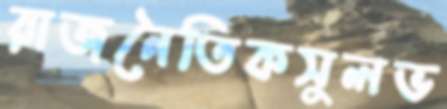
রাজনৈতিকসুলভ